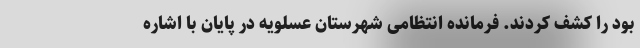
بود را کشف کردند. فرمانده انتظامی شهرستان عسلویه در پایان با اشاره